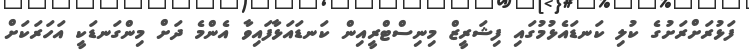
ފަޅުރަށްރަށުގެ ކުލި ކަނޑައެޅުމުގައި ފިޝަރީޒް މިނިސްޓްރީއިން ކަނޑައަޅާފައިވާ އެންމެ ދަށް މިންގަނޑަކީ އަހަރަކަށް